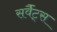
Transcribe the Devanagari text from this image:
सर्वैंट्स